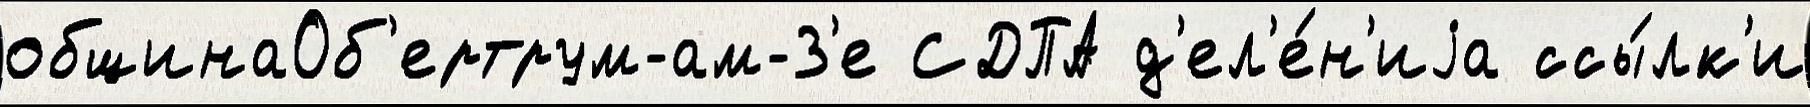
общинаОб'ертрум-ам-З'е СДПА д'ел'е́н'иjа ссы́лк'и